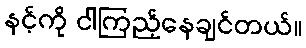
နင့်ကို ငါကြည့်နေချင်တယ်။